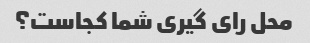
محل رای گیری شما کجاست؟